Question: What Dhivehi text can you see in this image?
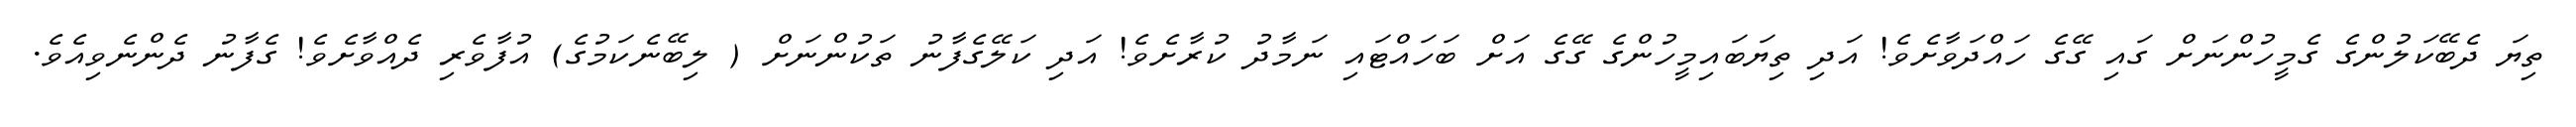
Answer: ތިޔަ ދެބޭކަލުންގެ ގެމީހުންނަށް ގައި ގޭގެ ހައްދަވާށެވެ! އަދި ތިޔަބައިމީހުންގެ ގޭގެ އަށް ބަހައްޓައި ނަމާދު ކުރާށެވެ! އަދި ކަލޭގެފާނު ތަކުންނަށް ( ލިބޭނެކަމުގެ) އުފާވެރި ދެއްވާށެވެ! ގެފާނު ދެންނެވިއެވެ.